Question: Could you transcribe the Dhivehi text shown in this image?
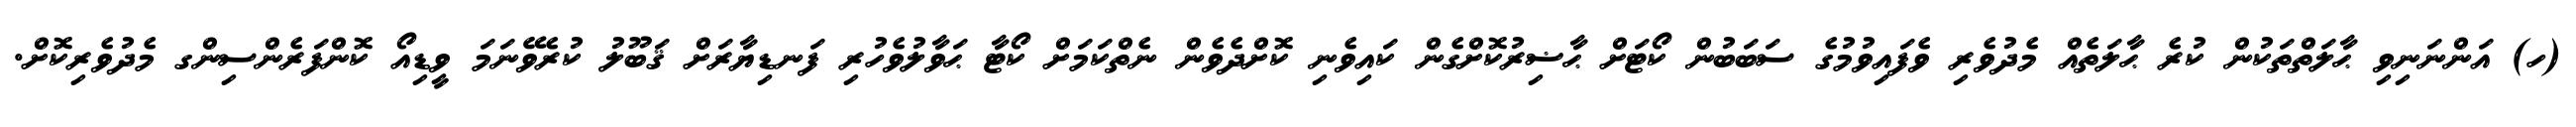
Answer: (ހ) އަންނަނިވި ޙާލަތްތަކުން ކުރެ ޙާލަތެއް މެދުވެރި ވެފައިވުމުގެ ސަބަބުން ކޯޓަށް ޙާޟިރުކޮށްގެން ކައިވެނި ކޮށްދެވެން ނެތްކަމަށް ކޯޓާ ޙަވާލުވެހުރި ފަނޑިޔާރަށް ޤަބޫލު ކުރެވޭނަމަ ވީޑިއޯ ކޮންފަރެންސިންގ މެދުވެރިކޮށް.